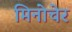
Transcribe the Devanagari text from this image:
मिनोचेर